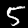
Label: 5